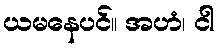
ယမနေပင်။ အဟံ၊ ငါ